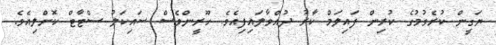
ޔަގީން ކުރެވުމުގެ ކުރިން ފައިލަމް ކާރު ދުއްވާލައިފިއެވެ. ހޫރީންވެސް ސައިކަލު ސްޓާޓް ކޮށްލިއެވެ.